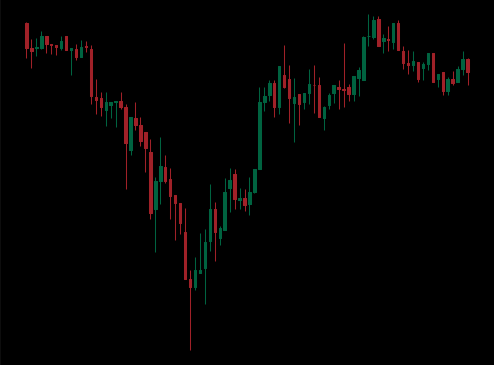
Pattern: unclassified